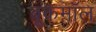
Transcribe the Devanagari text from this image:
बूकमॉल